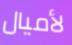
لأميال